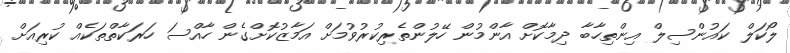
ލޯކަލް ކައުންސިލް އިންތިހާބާ ދިމާކޮށް އާންމުން ހޭލުންތެރިކުރުވުމަށް އަމާޒުކޮށްގެން ހާއްސަ ހަރަކާތްތަކެއް ކުރިއަށް